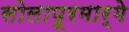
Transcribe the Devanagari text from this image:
सोलापूरमार्गे